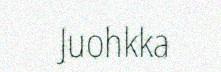
Juohkka